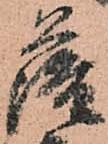
薩